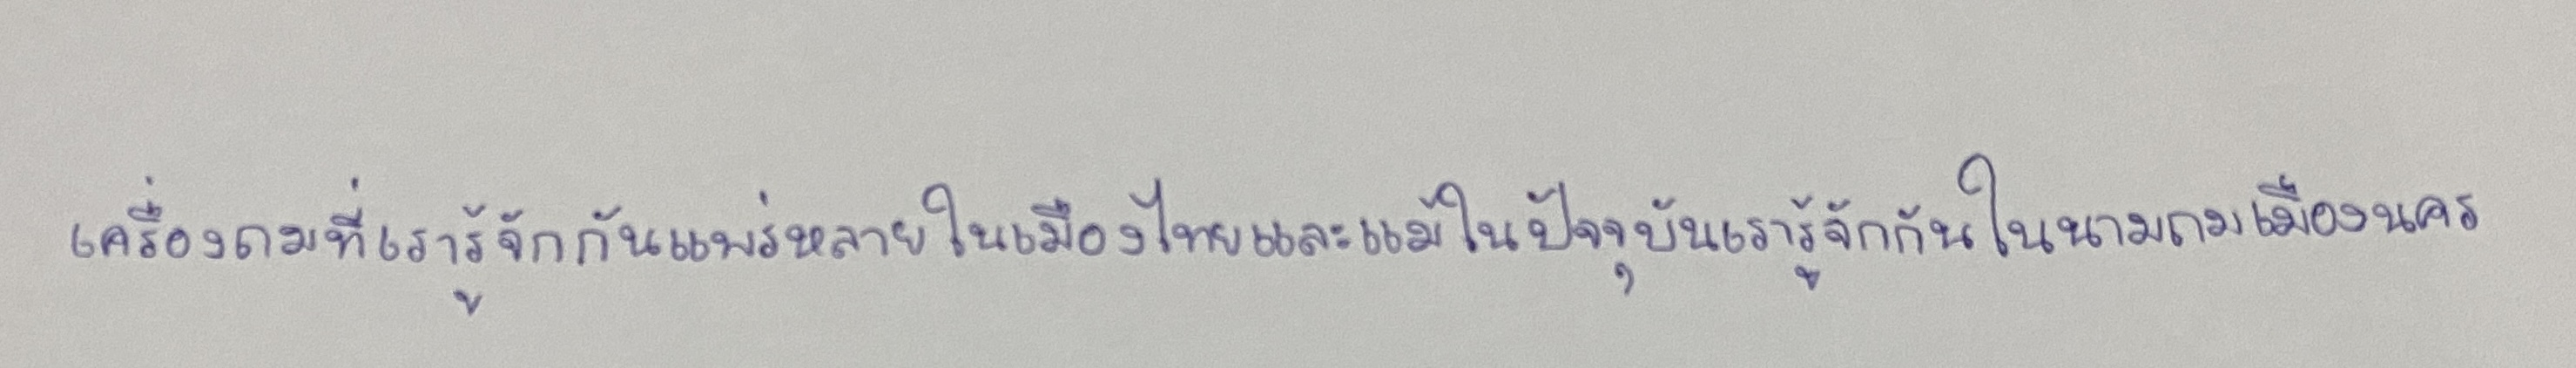
เครื่องถมที่เรารู้จักกันแพร่หลายในเมืองไทยและแม้ในปัจจุบันเรารู้จักกันในนามถมเมืองนคร